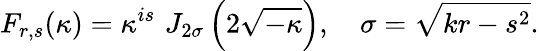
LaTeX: F_{r,s}(\kappa)=\kappa^{is}\, \, J_{2\sigma}\left(2\sqrt{-\kappa}\right),\quad\sigma=\sqrt{kr-s^{2}}.